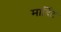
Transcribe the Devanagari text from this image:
मार्दिट